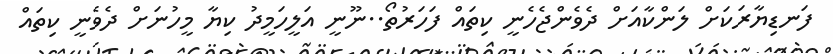
ފަނޑިޔާރަކަށް ލަންކާއަށް ދެވެންޖެހެނީ ކިތައް ފަހަރުތޯ..ނޫނީ އަލީހަމީދު ކިޔާ މީހުނަށް ދެވެނީ ކިތައް